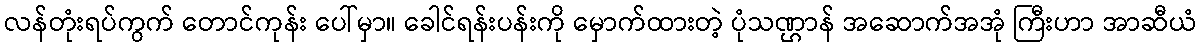
လန်တုံးရပ်ကွက် တောင်ကုန်း ပေါ်မှာ။ ခေါင်ရန်းပန်းကို မှောက်ထားတဲ့ ပုံသဏ္ဌာန် အဆောက်အအုံ ကြီးဟာ အာဆီယံ